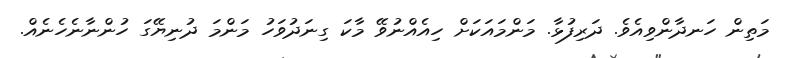
މަތިން ހަނދާންވިއެވެ. ދަރިފުޅާ. މަންމައަކަށް ހިއެއްނުވޭ މާކަ ގިނަދުވަހު މަންމަ ދުނިޔޭގަ ހުންނާނެހެނެއް.